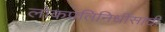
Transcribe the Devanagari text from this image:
लोकप्रतिनिधींसाठी